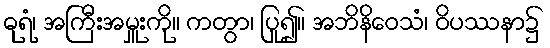
ဓုရံ၊ အကြီးအမှူးကို။ ကတွာ၊ ပြု၍။ အဘိနိဝေသံ၊ ဝိပဿနာ၌